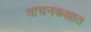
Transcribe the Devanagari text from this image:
वाचनकक्षात